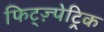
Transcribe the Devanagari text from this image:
फिट्ज़्पेट्रिक